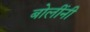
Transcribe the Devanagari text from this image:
बोलींनी